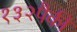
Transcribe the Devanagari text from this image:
१३२पैकी